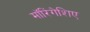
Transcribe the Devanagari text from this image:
मॉरिंगेशिए